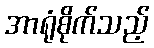
အာရုံစိုက်သည့်